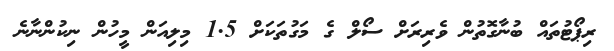
ރިޕޯޓުތައް ބުނާގޮތުން ވެރިރަށް ސޯލް ގެ މަގުތަކަށް 1.5 މިލިއަން މީހުން ނިކުންނާނެ